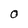
Character: O